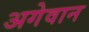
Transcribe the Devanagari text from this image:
अगेवान